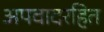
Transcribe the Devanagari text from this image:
अपवादरहित